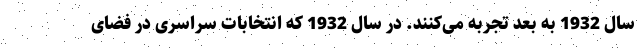
سال 1932 به بعد تجربه می‌کنند. در سال 1932 که انتخابات سراسری در فضای